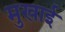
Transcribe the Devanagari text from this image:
मुखाई